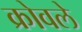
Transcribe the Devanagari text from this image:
क्रोवले